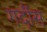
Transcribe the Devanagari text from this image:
गर्दीस